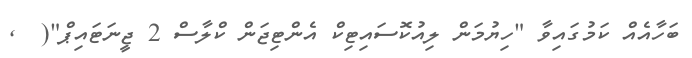
ބަހާއެއް ކަމުގައިވާ "ހިޔުމަން ލިއުކޮސައިޓިކް އެންޓިޖަން ކްލާސް 2 ޖީނަޓައިޕް"(